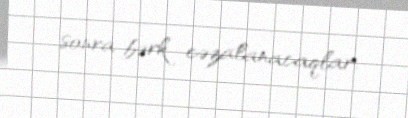
sonra bərk cəzalanacaqlar.